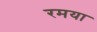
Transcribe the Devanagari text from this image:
रमया